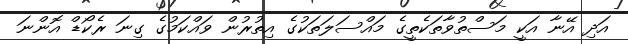
އަދި އޭނާ އަކީ މަސްތުވާތަކެތީގެ މައްސަލަތަކުގެ އިތުރުން ވައްކަމުގެ ގިނަ ރެކޯޑް އޮންނަ